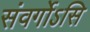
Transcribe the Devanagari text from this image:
संवर्गोऽसि